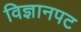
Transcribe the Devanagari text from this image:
विज्ञानपट